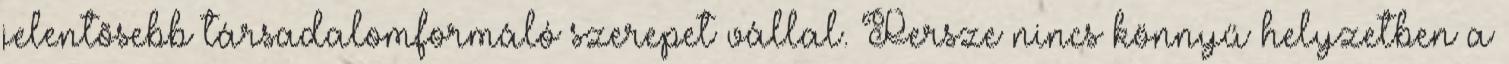
jelentõsebb társadalomformáló szerepet vállal. Persze nincs könnyű helyzetben a